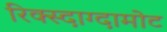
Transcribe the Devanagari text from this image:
रिक्स्दाग्दामोट